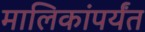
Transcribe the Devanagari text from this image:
मालिकांपर्यंत